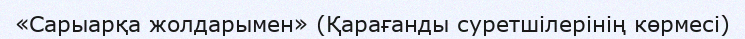
«Сарыарқа жолдарымен» (Қарағанды суретшілерінің көрмесі)